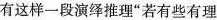
有这样一段演绎推理“若有些有理